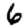
Digit: 6